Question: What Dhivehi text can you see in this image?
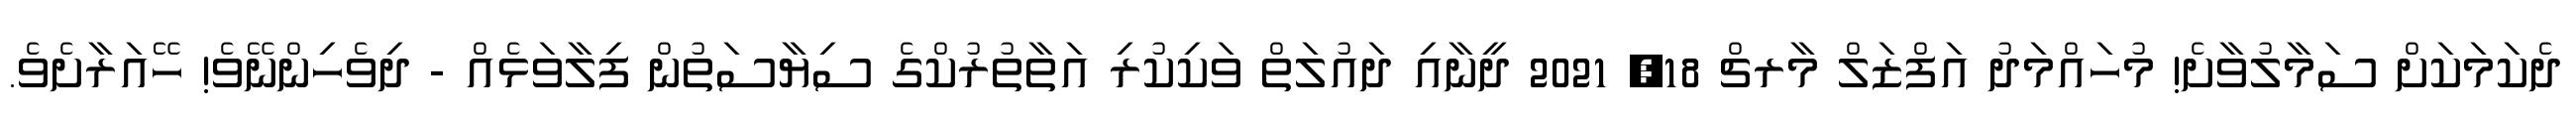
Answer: ދެކަމަކަށް ސަމާލުވާށެ! މުހައްމަދު އަފްޒަލް މާރޗް 18, 2021 ދީނާއި ދައުލަތް ވަކިކުރި އަތާތުރުކްގެ ސިޔާސަތުން ފިލާވަޅެއް - ދިވެހިންނޭވެ! ހޭއަރާށެވެ.